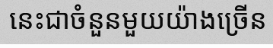
នេះជាចំនួនមួយយ៉ាងច្រើន